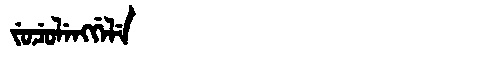
Manchu: ᠵᡠᠴᡠᠯᡝᠩᡤᡝᠯᡝ
Romanization: JUCULENGGELE